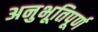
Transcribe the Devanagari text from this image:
अनुभूतिपूर्ण